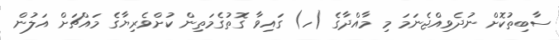
ސާބިތުކޮށް ނުދެވިއްޖެނަމަ މި މާއްދާގެ (ހ) ގައިވާ ގޮތުގެމަތިން ކުށްވެރިޔާގެ މައްޗަށް އަލުން